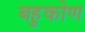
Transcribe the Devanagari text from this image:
बहुकोण